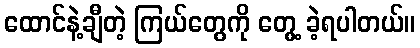
ထောင်နဲ့ချီတဲ့ ကြယ်တွေကို တွေ့ ခဲ့ရပါတယ်။